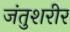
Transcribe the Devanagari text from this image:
जंतुशरीर